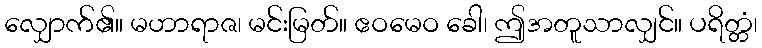
လျှောက်၏။ မဟာရာဇ၊ မင်းမြတ်။ ဧဝမေဝ ခေါ၊ ဤအတူသာလျှင်။ ပရိတ္တံ၊